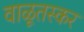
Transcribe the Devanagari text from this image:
वाळूतस्कर